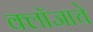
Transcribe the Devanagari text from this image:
क्लॉजाचे